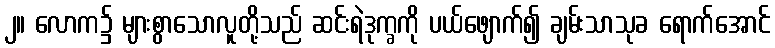
၂။ လောက၌ များစွာသောလူတို့သည် ဆင်းရဲဒုက္ခကို ပယ်ဖျောက်၍ ချမ်းသာသုခ ရောက်အောင်